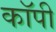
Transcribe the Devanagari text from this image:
काॅपी